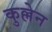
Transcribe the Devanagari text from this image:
कुल्लेन